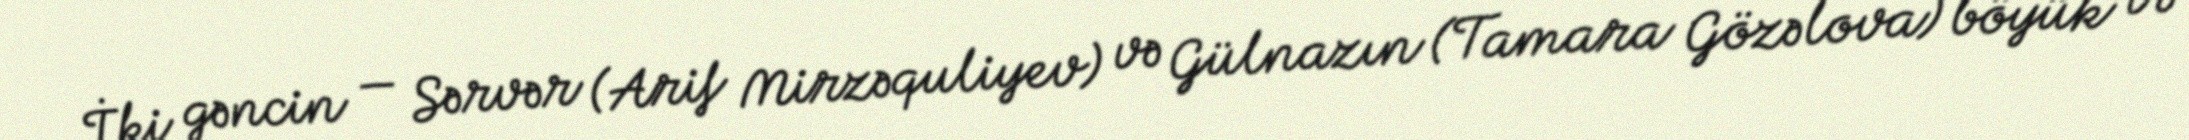
İki gəncin — Sərvər (Arif Mirzəquliyev) və Gülnazın (Tamara Gözəlova) böyük və